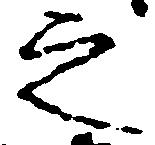
之